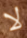
لا